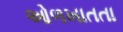
ઓળખાતતા